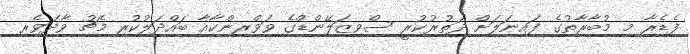
ފެޑެރާ މި މުބާރާތުގެ ފައިނަލަށް ދަތުރުކުރީ ސްވިޒަލޭންޑްގެ ވަވްރިންކާއާ ބައްދަލުކުރި މެޗު ވާދަވެރި